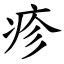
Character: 疹